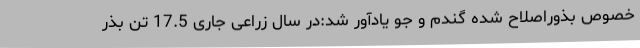
خصوص بذوراصلاح شده گندم و جو یادآور شد:در سال زراعی جاری 17.5 تن بذر